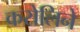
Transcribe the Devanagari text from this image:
करोलिने